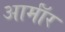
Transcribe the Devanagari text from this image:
आर्माॅर